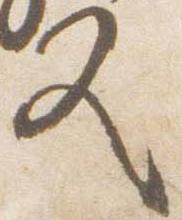
又